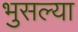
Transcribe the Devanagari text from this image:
भुसल्या